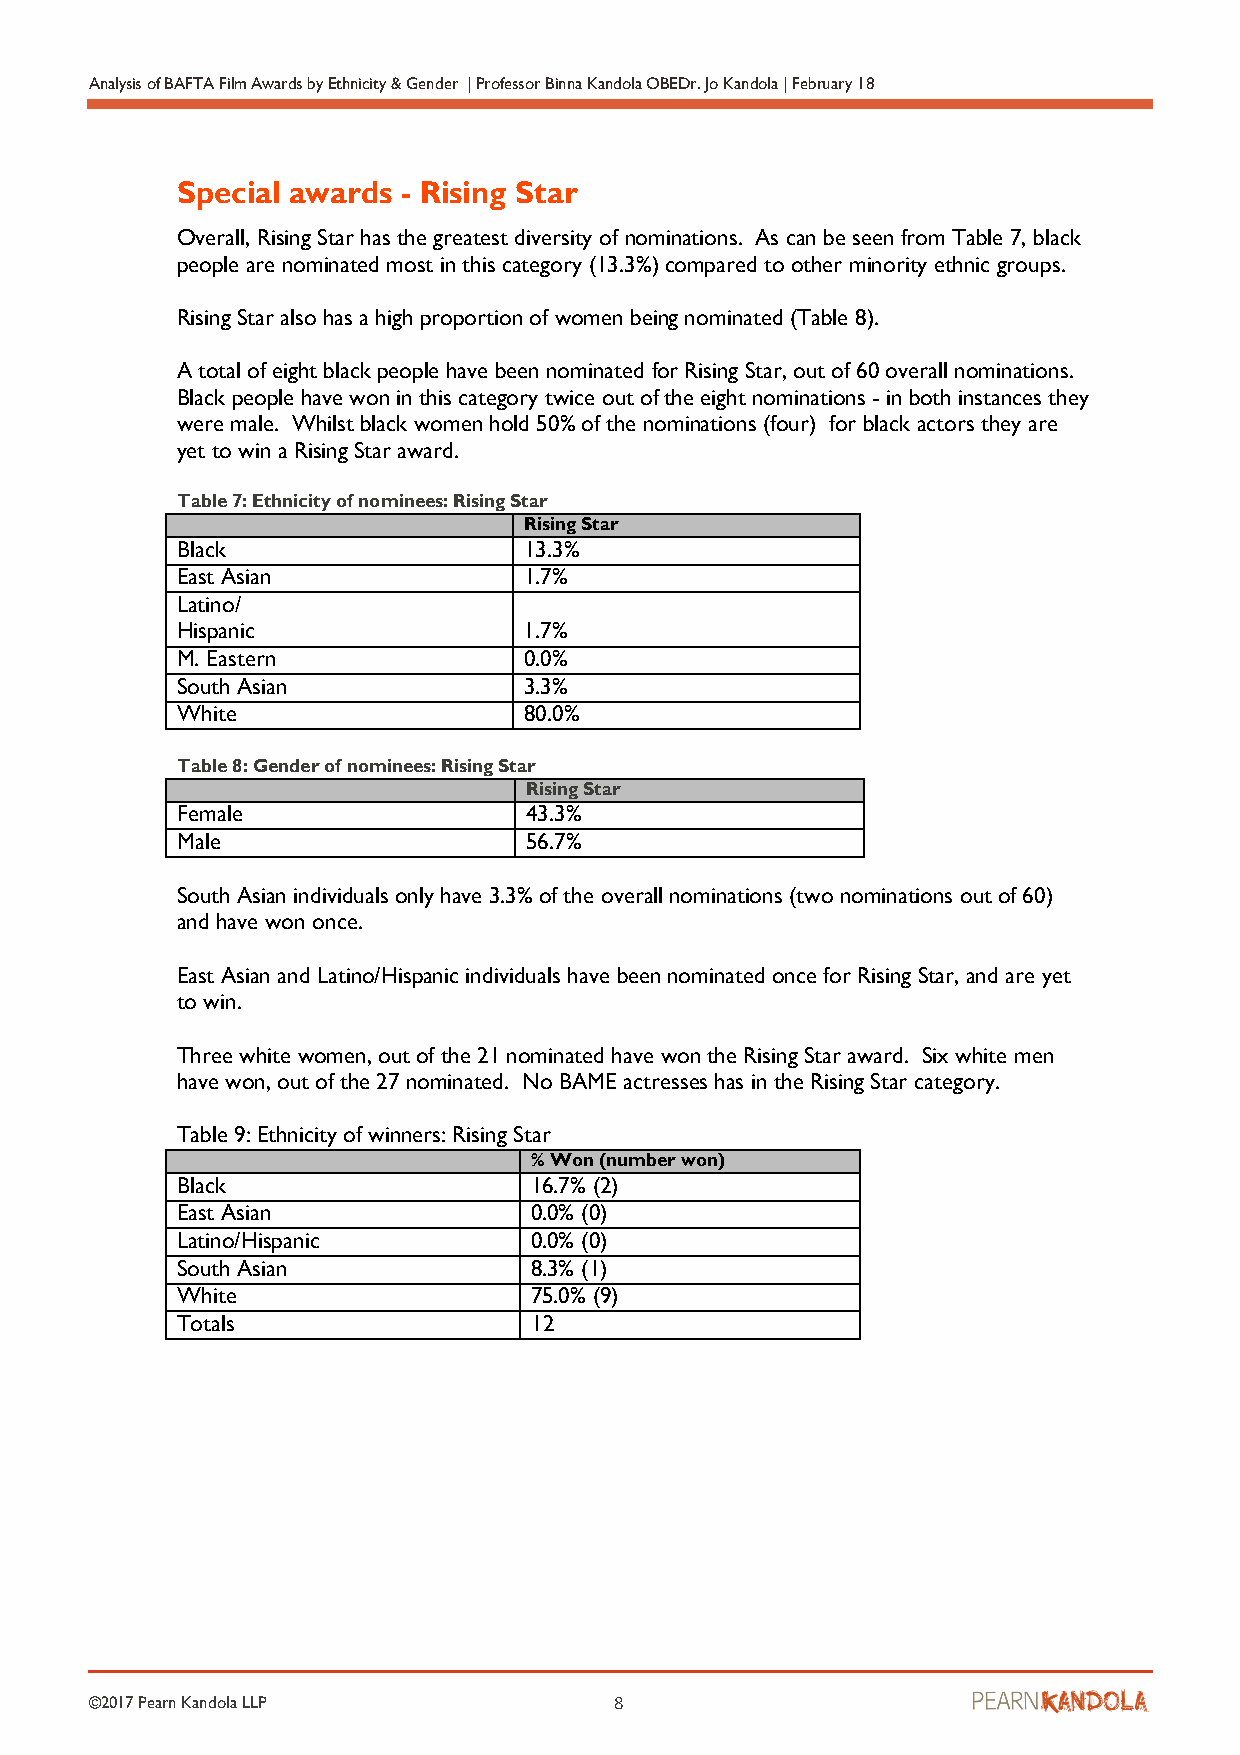
Analysis of BAFTA Film Awards by Ethnicity & Gender | Professor Binna Kandola OBEDr. Jo Kandola | February 18
 Special awards - Rising Star
 Overall, Rising Star has the greatest diversity of nominations. As can be seen from Table 7, black
 people are nominated most in this category (13.3%) compared to other minority ethnic groups.
 Rising Star also has a high proportion of women being nominated (Table 8).
 A total of eight black people have been nominated for Rising Star, out of 60 overall nominations.
 Black people have won in this category twice out of the eight nominations - in both instances they
 were male. Whilst black women hold 50% of the nominations (four) for black actors they are
 yet to win a Rising Star award.
 Table 7: Ethnicity of nominees: Rising Star
 Rising Star
 Black                  13.3%
 East Asian             1.7%
 Latino/
 Hispanic               1.7%
 M. Eastern             0.0%
 South Asian            3.3%
 White                  80.0%
 Table 8: Gender of nominees: Rising Star
 Rising Star
 Female                 43.3%
 Male                   56.7%
 South Asian individuals only have 3.3% of the overall nominations (two nominations out of 60)
 and have won once.
 East Asian and Latino/Hispanic individuals have been nominated once for Rising Star, and are yet
 to win.
 Three white women, out of the 21 nominated have won the Rising Star award. Six white men
 have won, out of the 27 nominated. No BAME actresses has in the Rising Star category.
 Table 9: Ethnicity of winners: Rising Star
 % Won (number won)
 Black                  16.7% (2)
 East Asian             0.0% (0)
 Latino/Hispanic        0.0% (0)
 South Asian            8.3% (1)
 White                  75.0% (9)
 Totals                 12
 ©2017 Pearn Kandola LLP            8